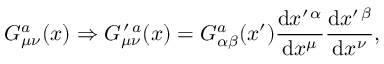
G _ { \mu \nu } ^ { a } ( x ) \Rightarrow G _ { \mu \nu } ^ { \, \prime \, a } ( x ) = G _ { \alpha \beta } ^ { a } ( x ^ { \prime } ) \frac { \mathrm { d } x ^ { \prime \, \alpha } } { \mathrm { d } x ^ { \mu } } \frac { \mathrm { d } x ^ { \prime \, \beta } } { \mathrm { d } x ^ { \nu } } ,